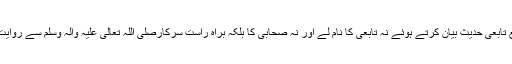
مثال تبع تابعی حدیث بیان کرتے ہوئے نہ تابعی کا نام لے اور نہ صحابی کا بلکہ براہِ راست سرکارصلی اللہ تعالی علیہ والہ وسلم سے روایت کرے۔